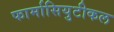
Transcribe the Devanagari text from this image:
फार्मासियुटीकल